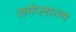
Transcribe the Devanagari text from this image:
जर्मप्लाज्म